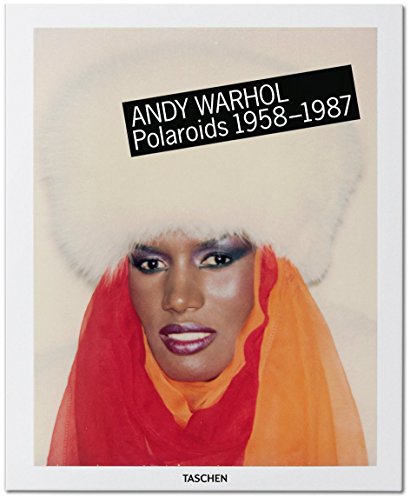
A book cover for Andy Warhol: Polaroids; Richard B. Woodward; Arts & Photography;